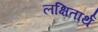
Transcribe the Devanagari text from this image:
लक्षितार्थ